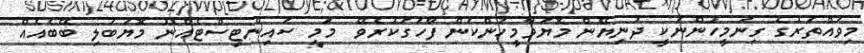
މިވައްތަރުގެ ގިނަމީހުންނަކީ ދުނިޔޭން މޮޔަވާމީހުންކަން ފާހަގަކުރެވޭ  މަމީ ސައިންޓިސްޓެއްނޫ މޮޔަބަލި ބޭބެއެއް